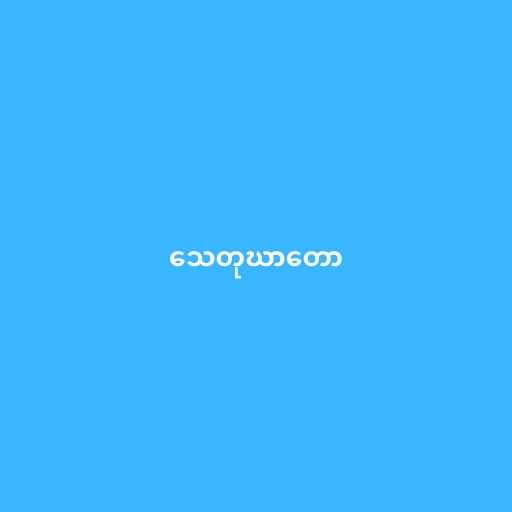
သေတုဃာတော